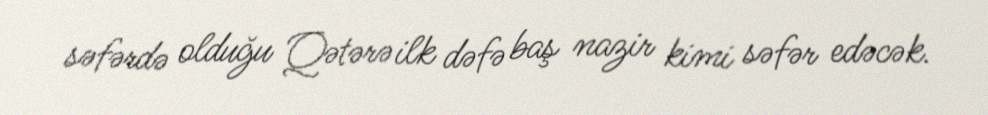
səfərdə olduğu Qətərə ilk dəfə baş nazir kimi səfər edəcək.